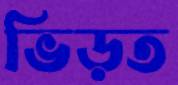
ভিড়ত